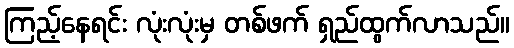
ကြည့်နေရင်း လုံးလုံးမှ တစ်ဖက် ရှည်ထွက်လာသည်။